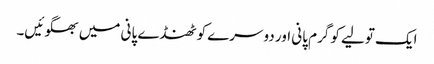
ایک تولیے کو گرم پانی اور دوسرے کو ٹھنڈے پانی میں بھگوئیں۔